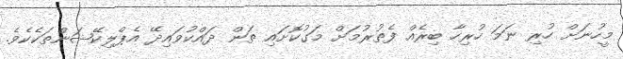
މީހުނަށް ހުރި ނަމަ ހުރިހާ ބިރެއް ފެތުރުމަށް މަގުކޮށައި ތަން ދައްކުވައިދޭ އެޕްލިކޭޝަންތަކެކެވެ.